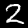
Label: 2